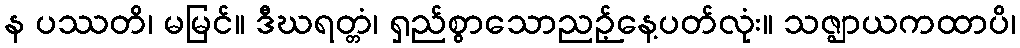
န ပဿတိ၊ မမြင်။ ဒီဃရတ္တံ၊ ရှည်စွာသောညဉ့်နေ့ပတ်လုံး။ သဇ္ဈာယကထာပိ၊